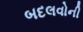
બદલવોની